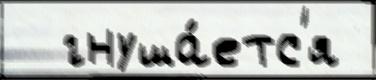
  гнуша́етс'я